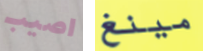
اصيب مينغ